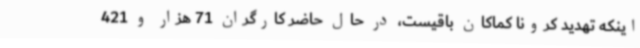
اینکه تهدید کرونا کماکان باقیست، در حال حاضر کارگران 71 هزار و 421